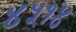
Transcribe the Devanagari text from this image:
४५१४